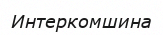
Интеркомшина